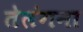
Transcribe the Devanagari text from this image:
तेलंगना